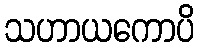
သဟာယကောပိ